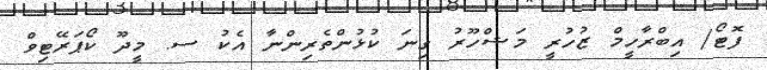
ފޮޓޯ/ އިބްރާހީމް ޒުހުރީ މަޝްހޫރު ގިނަ ކުޅުންތެރިންނާ އެކު ސ. މީދޫ ކޯޕަރޭޓިވް